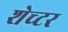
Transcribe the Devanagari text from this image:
शेच्टर